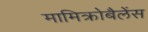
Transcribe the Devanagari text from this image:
मामिक्रोबैलेंस